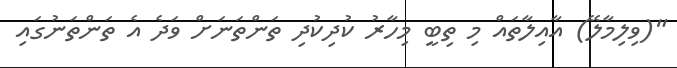
"(ވިލިމާލޭ) އާއިލާތައް މި ތިބީ މިހާރު ކުދިކުދި ތަންތަނަށް ވަދެ އެ ތަންތަނުގައި